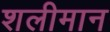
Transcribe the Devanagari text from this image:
शलीमान